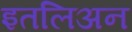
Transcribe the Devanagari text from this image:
इतलिअन